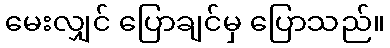
မေးလျှင် ပြောချင်မှ ပြောသည်။